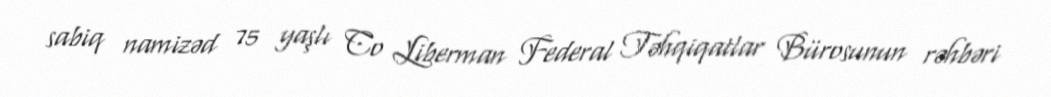
sabiq namizəd 75 yaşlı Co Liberman Federal Təhqiqatlar Bürosunun rəhbəri